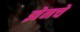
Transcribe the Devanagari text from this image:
झेनचे